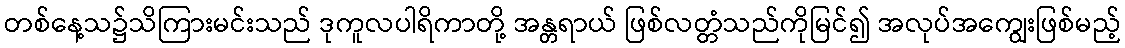
တစ်နေ့သ၌သိကြားမင်းသည် ဒုကူလပါရိကာတို့ အန္တရာယ် ဖြစ်လတ္တံသည်ကိုမြင်၍ အလုပ်အကျွေးဖြစ်မည့်